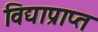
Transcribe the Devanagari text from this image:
विद्याप्राप्त